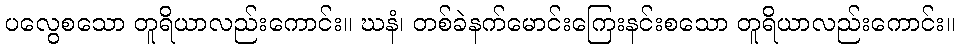
ပလွေစသော တူရိယာလည်းကောင်း။ ဃနံ၊ တစ်ခဲနက်မောင်းကြေးနင်းစသော တူရိယာလည်းကောင်း။